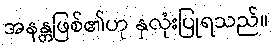
အနန္တဖြစ်၏ဟု နှလုံးပြုရသည်။